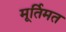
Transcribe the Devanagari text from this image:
मूर्तिमत